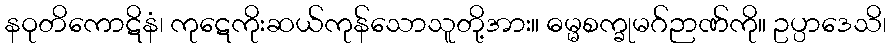
နဝုတိကောဋိနံ၊ ကုဋေကိုးဆယ်ကုန်သောသူတို့အား။ ဓမ္မစက္ခုမဂ်ဉာဏ်ကို။ ဥပ္ပာဒေသိ၊